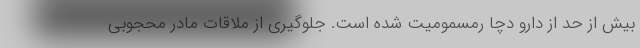
بیش از حد از دارو دچا رمسمومیت شده است. جلوگیری از ملاقات مادر محجوبی